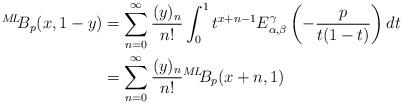
LaTeX: \begin{align*} {}^{M\!L\!\!}{B}_{p}(x,1-y) &= \sum_{n=0}^{\infty} \frac{(y)_n}{n!} \int_{0}^{1}t^{x+n-1}E_{\alpha, \beta}^{\gamma}\left(-\frac{p}{t(1-t)}\right) dt & \\ &=\sum_{n=0}^{\infty} \frac{(y)_n}{n!}{}^{M\!L\!\!}{B}_{p}(x+n,1)&\end{align*}